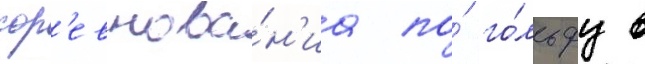
сор'евнова́н'иа по́ го́льфу в